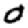
Digit: 0